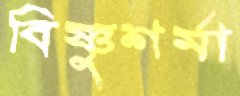
বিষ্ণুশর্মা